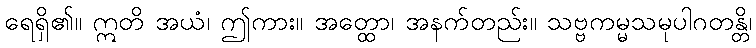
ရေရှိ၏။ ဣတိ အယံ၊ ဤကား။ အတ္ထော၊ အနက်တည်း။ သဗ္ဗကမ္မသမုပါဂတန္တိ၊